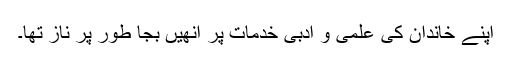
اپنے خاندان کی علمی و ادبی خدمات پر انھیں بجا طور پر ناز تھا۔